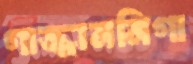
গাজ্জাননিগা